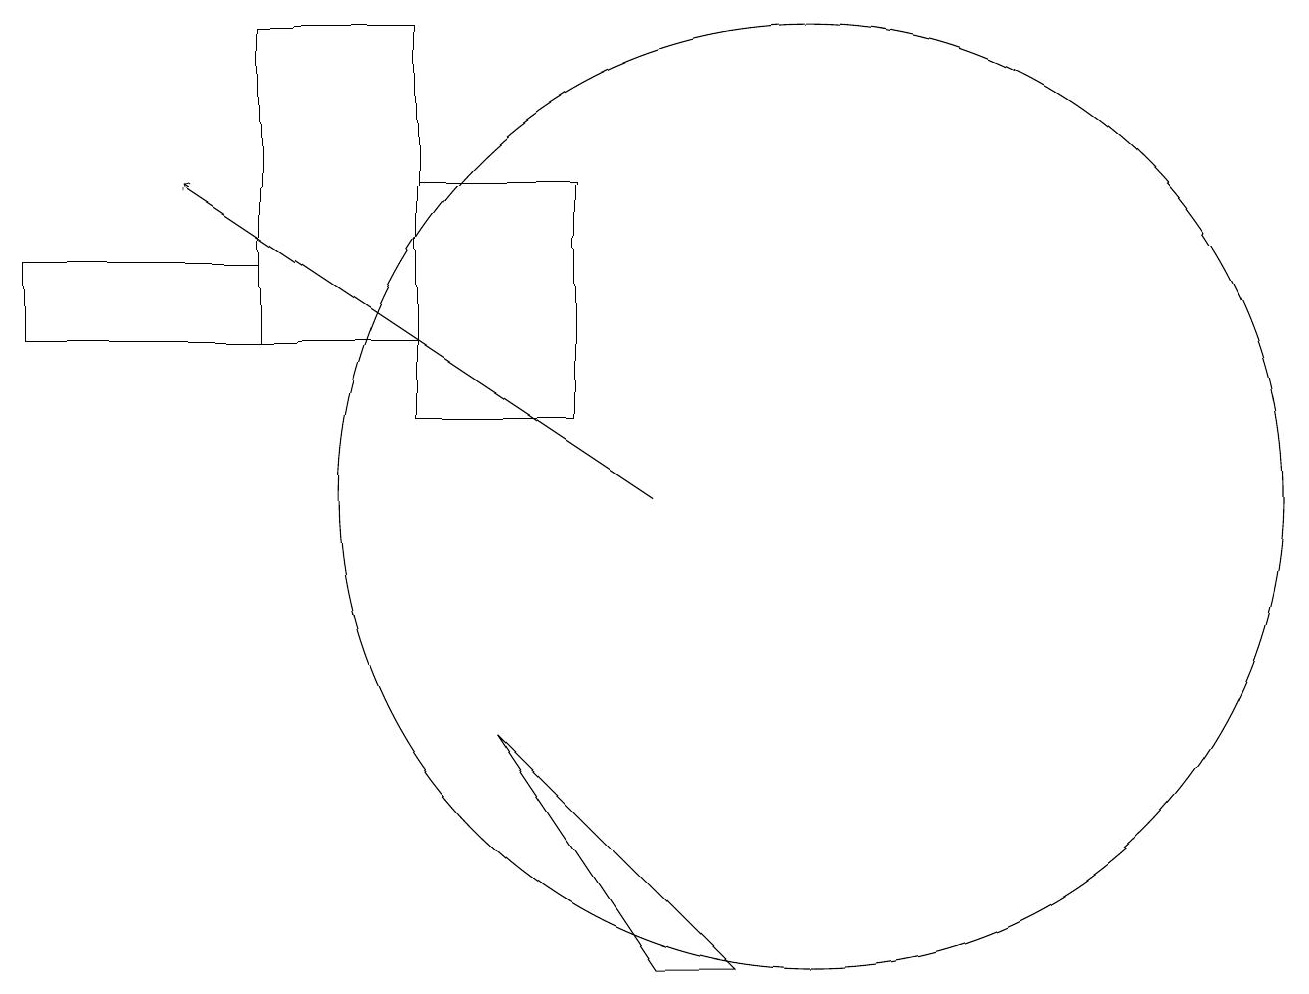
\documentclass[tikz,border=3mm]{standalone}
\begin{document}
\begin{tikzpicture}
\draw (5,14) rectangle (7,11);
\draw (9,4) -- (8,4) -- (6,7) -- cycle;
\draw (10,10) circle (6);
\draw[->] (8,10) -- (2,14);
\draw (3,12) rectangle (5,16);
\draw (0,13) rectangle (3,12);
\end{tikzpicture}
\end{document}